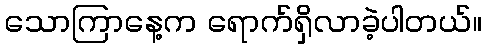
သောကြာနေ့က ရောက်ရှိလာခဲ့ပါတယ်။